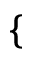
\{